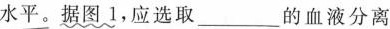
水平。据图1，应选取___的血液分离